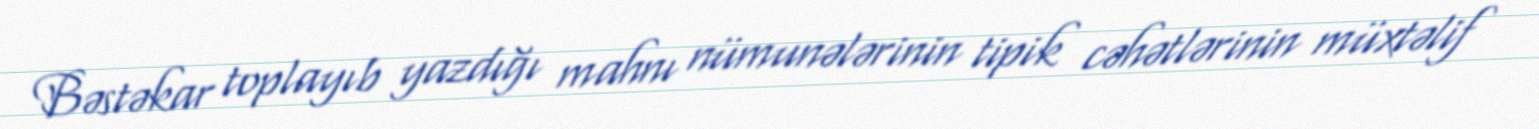
Bəstəkar toplayıb yazdığı mahnı nümunələrinin tipik cəhətlərinin müxtəlif